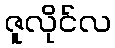
ဇူလိုင်လ